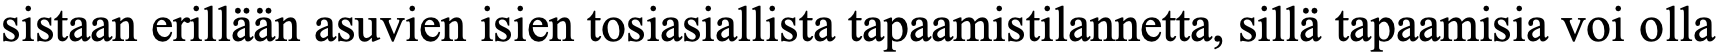
sistaan erillään asuvien isien tosiasiallista tapaamistilannetta, sillä tapaamisia voi olla